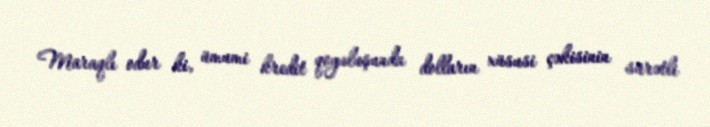
Maraqlı odur ki, ümumi kredit qoyuluşunda dolların xüsusi çəkisinin sürətli